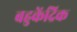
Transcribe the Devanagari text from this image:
बहुकेंद्रिक